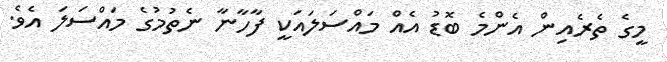
މީގެ ތެރެއިން އެންމެ ބޮޑު އެއް މައްސަލައަކީ ފާހާނާ ނެތުމުގެ މައްސަލަ އެވެ.